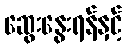
ဆွေးနွေးရန်နှင့်